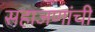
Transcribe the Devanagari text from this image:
सहाजणांची